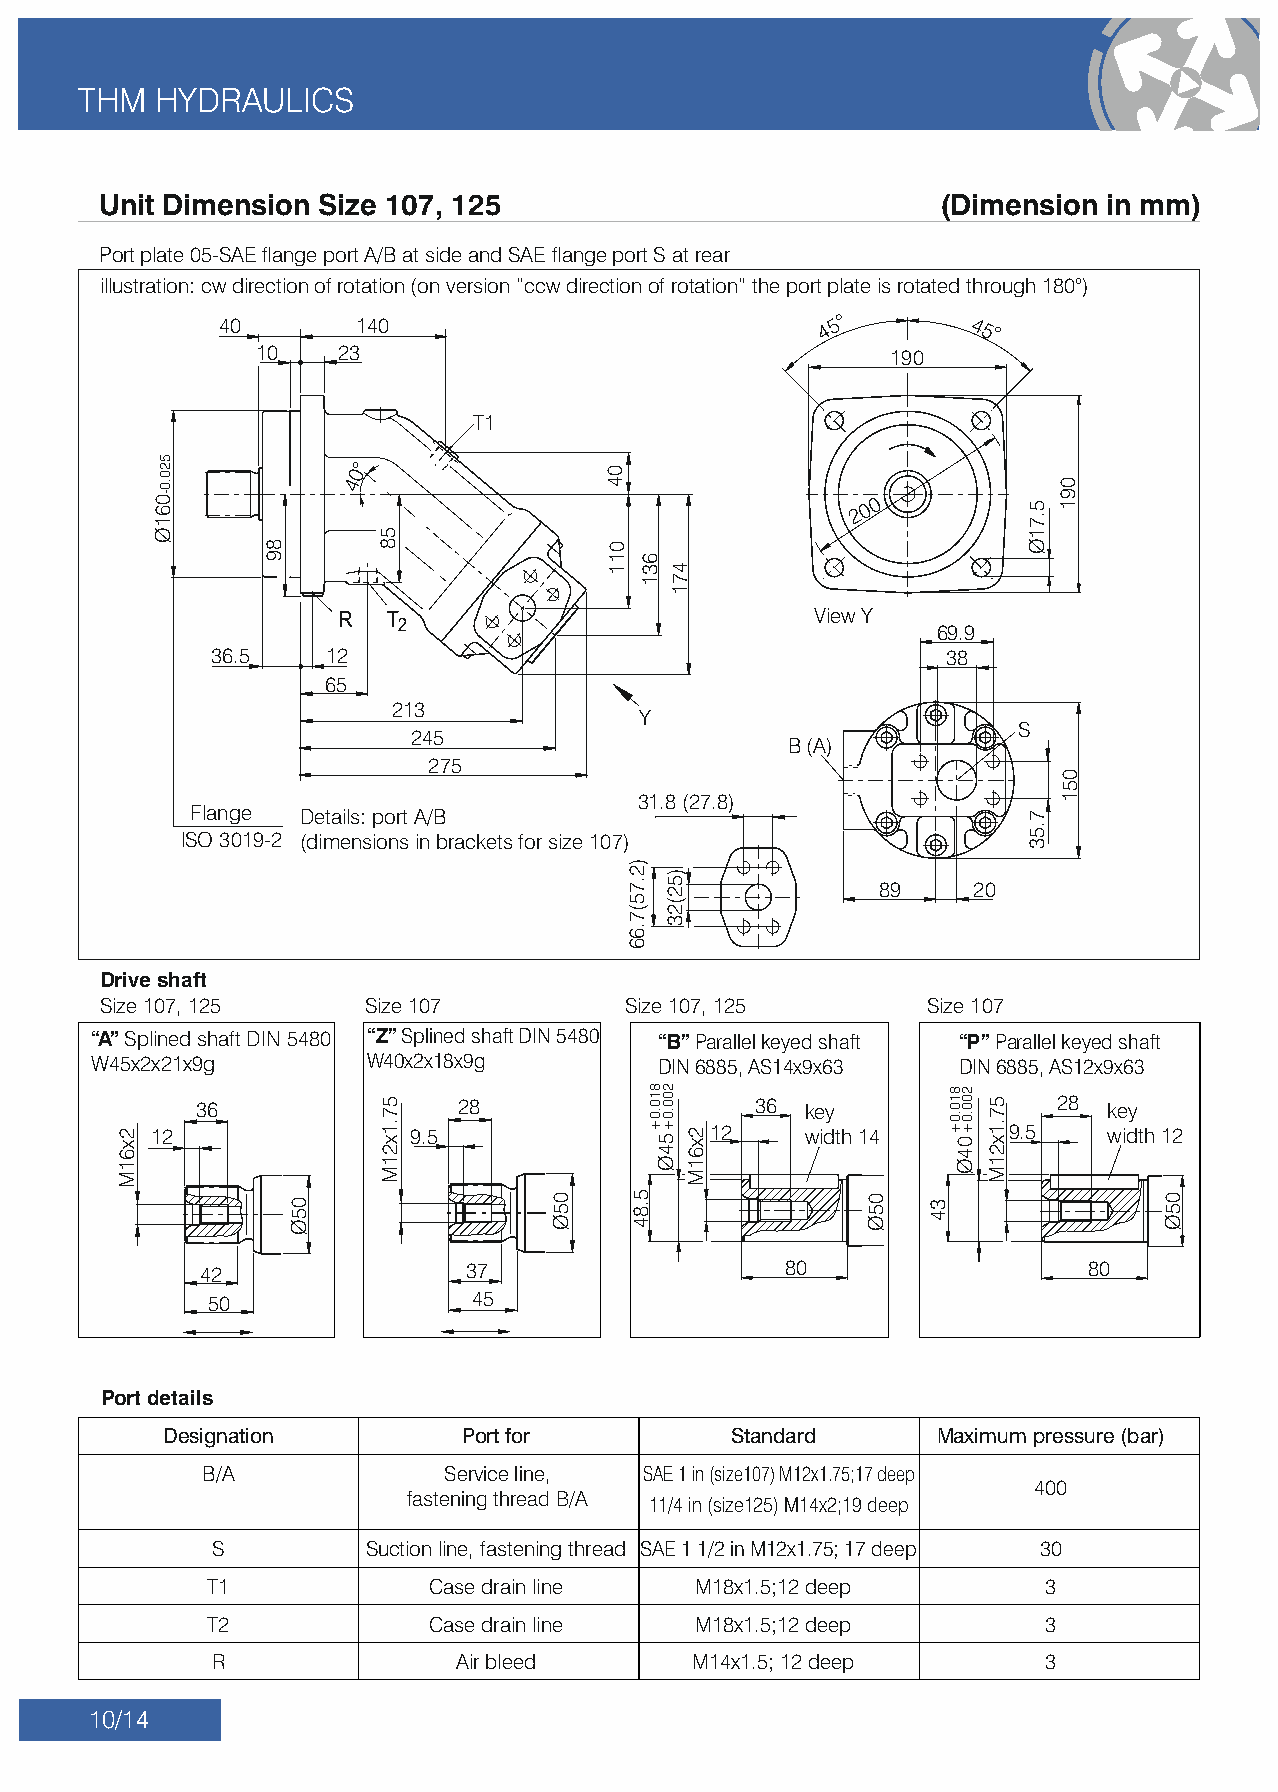
THM   HYDRAULICS
 Unit Dimension Size 107, 125                           (Dimension in mm)
 Port plate 05-SAE ange port A/B at side and SAE ange port S at rear
 illustration: cw direction of rotation (on version “ccw direction of rotation” the port plate is rotated through 180°)
 40       140                            4 5°     45°
 10    23                                  190
 T1
 0°
 4
 2 0 0
 View Y
 69.9
 36.5    12                                       38
 65
 213
 Y
 S
 245
 B (A)
 275
 31.8 (27.8)
 Flange Details: port A/B
 ISO 3019-2 (dimensions in brackets for size 107)
 89     20
 Drive shaft
 Size 107, 125    Size 107          Size 107, 125       Size 107
 “A” Splined shaft DIN 5480 “Z” Splined shaft DIN 5480 “B” Parallel keyed shaft “P” Parallel keyed shaft
 W45x2x21x9g        W40x2x18x9g        DIN 6885, AS14x9x63 DIN 6885, AS12x9x63
 36                28                 36 key              28  key
 12               9.5                 12    width 14      9.5    width 12
 42                37                   80                  80
 50               45
 Port details
 Designation         Port for          Standard     Maximum pressure (bar)
 B/A             Service line, SAE 1 in (size107) M12x1.75;17 deep
 400
 fastening thread B/A 11/4 in (size125) M14x2;19 deep
 S         Suction line, fastening thread SAE 1 1/2 in M12x1.75; 17 deep 30
 T1             Case drain line  M18x1.5;12 deep        3
 T2             Case drain line  M18x1.5;12 deep        3
 R               Air bleed       M14x1.5; 12 deep       3
 10/14
 2x61M
 520.0-061Ø
 89
 05Ø
 58
 57.1x21M
 05Ø
 04
 011
 )2.75(7.66
 5.84
 631
 810.0+
 471
 )52(23
 200.0+54Ø
 2x61M
 05Ø 34
 810.0+ 200.0+04Ø
 57.1x21M
 5.71Ø
 7.53
 091
 051
 05Ø